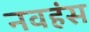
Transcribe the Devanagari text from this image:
नवहंस